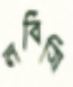
নবিসি